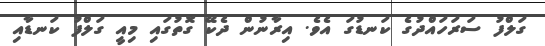
ގަލްފު ސަރަހައްދުގެ ކަނޑުގަ އެވެ. އިރާނުން ދެކޭ ގޮތުގައި މިއީ ގަލްފު ކަނޑާއި